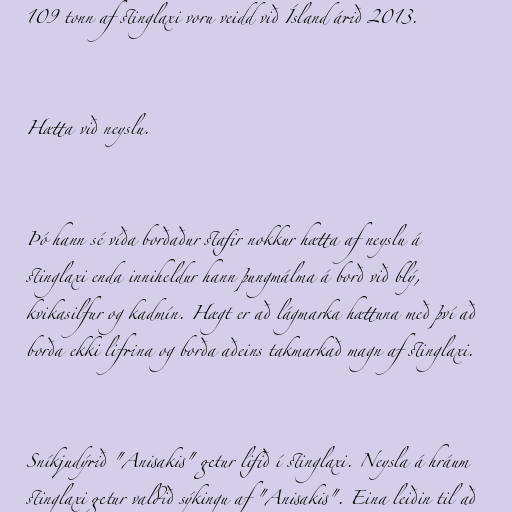
109 tonn af stinglaxi voru veidd við Ísland árið 2013.

Hætta við neyslu.

Þó hann sé víða borðaður stafir nokkur hætta af neyslu á
stinglaxi enda inniheldur hann þungmálma á borð við blý,
kvikasilfur og kadmín. Hægt er að lágmarka hættuna með því að
borða ekki lifrina og borða aðeins takmarkað magn af stinglaxi.

Sníkjudýrið "Anisakis" getur lifið í stinglaxi. Neysla á hráum
stinglaxi getur valdið sýkingu af "Anisakis". Eina leiðin til að